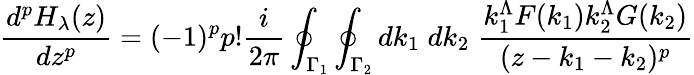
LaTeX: \frac{d^{p}H_{\lambda}(z)}{dz^{p}}=(-1)^{p}p!\frac{i}{2\pi}\oint_{{\Gamma}_{1}}\oint_{{\Gamma}_{2}}dk_{1}\; dk_{2}\; \frac{k_{1}^{\Lambda}F(k_{1})k_{2}^{\Lambda}G(k_{2})}{(z-k_{1}-k_{2})^{p}}